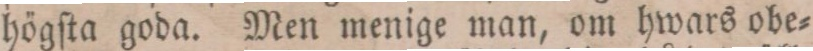
högſta goda. Men menige man, om hwars obe=